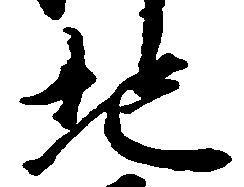
地